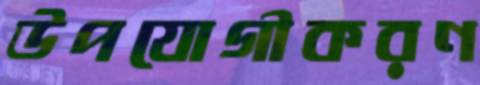
উপযোগীকরণ